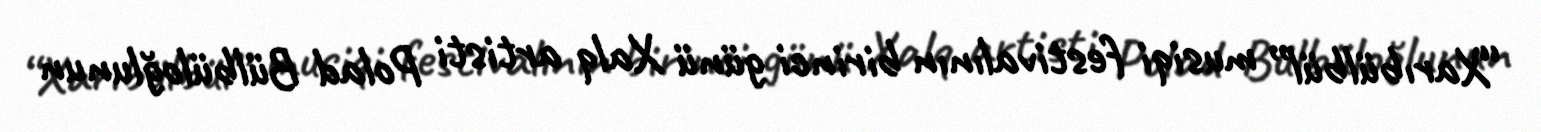
“Xarıbülbül” musiqi festivalının birinci günü Xalq artisti Polad Bülbüloğlunun